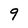
Character: 9